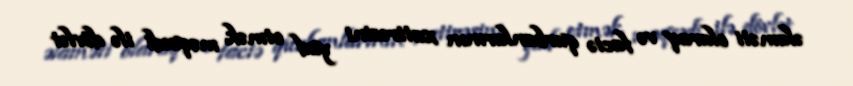
əlaməti olaraq və faciə qurbanlarının xatirəsini yad etmək məqsədi ilə dövlət